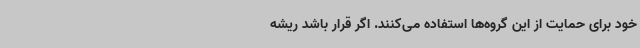
خود برای حمایت از این گروه‌ها استفاده می‌کنند. اگر قرار باشد ریشه